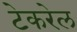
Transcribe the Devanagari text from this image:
टेकरेल